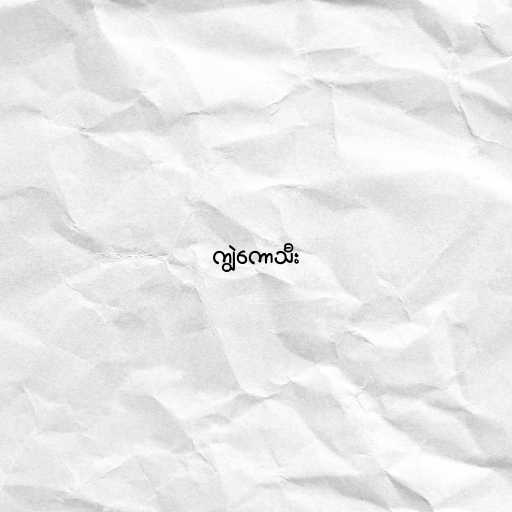
ကျွဲကောသီး